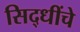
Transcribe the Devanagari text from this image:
सिद्धींचे